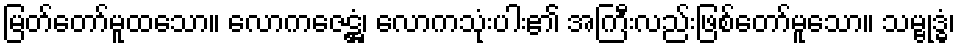
မြတ်တော်မူထသော။ လောကဇေဋ္ဌံ၊ လောကသုံးပါး၏ အကြီးလည်းဖြစ်တော်မူသော။ သမ္ဗုဒ္ဓံ၊